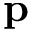
\textbf { p }